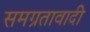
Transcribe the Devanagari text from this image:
समग्रतावादी